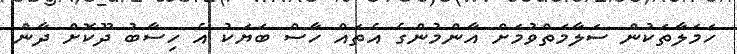
ހަމަލާތަކުން ސަލާމަތްވުމަށް އާންމުންގެ އެތައް ހާސް ބަޔަކު އެ ހިސާބު ދޫކޮށް ދާން